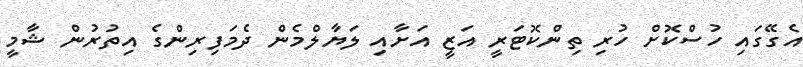
އެގޭގައި ހުސްކޮށް ހުރި ތިންކޮޓަރީ އަޒީ އަށާއި ލަޔާލްމެން ދެމަފިރިންގެ އިތުރުން ޝާމީ